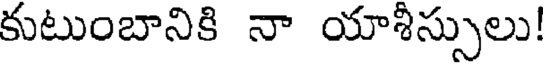
కుటుంబానికి నా యాశీస్సులు!